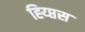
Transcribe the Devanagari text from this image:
ह्य्प्तिस